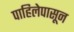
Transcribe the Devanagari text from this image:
पाहिलेपासून